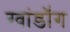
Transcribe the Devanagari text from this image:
ग्वांडॉंग